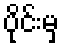
ပိုင်းမှ